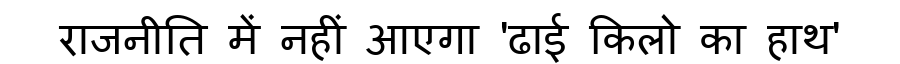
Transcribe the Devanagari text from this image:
राजनीति में नहीं आएगा 'ढाई किलो का हाथ'